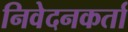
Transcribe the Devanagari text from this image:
निवेदनकर्ता